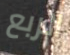
الربع